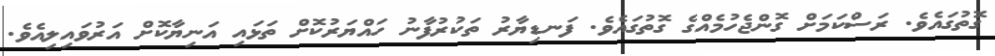
ގޮތުގައެވެ. ރަސްކަމަށް ގޮންޖެހުމެއްގެ ގޮތުގައެވެ. ފަނޑިޔާރު ތަކުރުފާނު ހައްޔަރުކޮށް ތަޅައި އަނިޔާކޮށް އަރުވައިލިއެވެ.